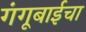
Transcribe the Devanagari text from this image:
गंगूबाईचा